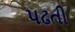
પઢતી